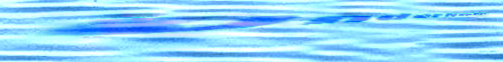
UnderNewMgmt